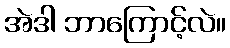
အဲဒါ ဘာကြောင့်လဲ။